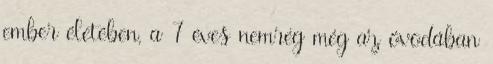
ember életében, a 7 éves nemrég még az óvodában